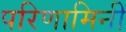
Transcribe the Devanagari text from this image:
परिणामिनी